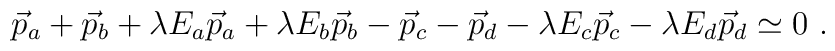
\vec{p}_a + \vec{p}_b + \lambda E_a \vec{p}_a + \lambda E_b \vec{p}_b -\vec{p}_c - \vec{p}_d - \lambda E_c \vec{p}_c - \lambda E_d \vec{p}_d \simeq 0~.